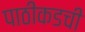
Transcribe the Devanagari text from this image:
पाठीकडची